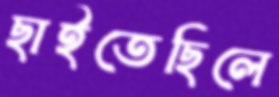
ছাইতেছিলে